Lunatic asylums United Prov. 1922-30 - 1922-1930
Year: 1922
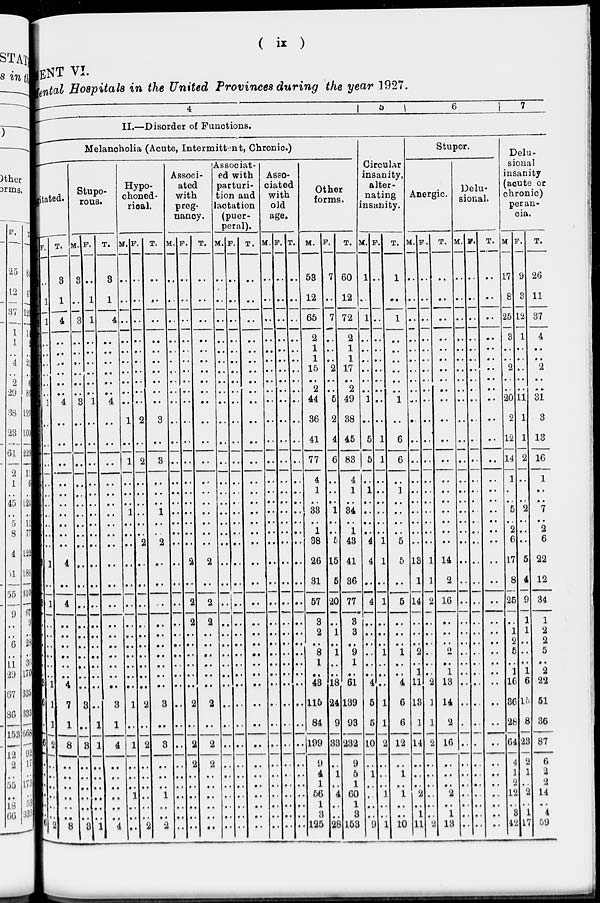
( ix )
ENT VI.
Mental Hospitals in the United Provinces during the year 1927.
4
5
6
7
II.—Disorder of Functions.
Melancholia (Acute, Intermittent, Chronic.)
itated.
F.
..
1
1
..
..
..
..
..
..
1
..
..
..
..
..
..
..
..
..
..
..
1
..
1
..
..
..
..
..
..
1
1
1
2
..
..
..
..
..
..
2
T.
3
1
4
..
..
..
..
..
..
4
..
..
..
..
..
..
..
..
..
..
..
4
..
4
..
..
..
..
..
..
4
7
1
8
..
..
..
..
..
..
8
Stupo-
rous.
M.
3
..
3
..
..
..
...
..
..
3
..
..
..
..
..
..
..
..
..
..
..
..
..
..
..
..
..
..
..
..
..
3
..
3
..
..
..
..
..
..
3
F.
..
1
1
..
..
..
..
..
..
1
..
..
..
..
..
..
..
..
..
..
..
..
..
..
..
..
..
..
..
..
..
..
1
1
..
..
..
..
..
..
1
T.
3
1
4
..
..
..
..
..
..
4
..
..
..
..
..
..
..
..
..
..
..
..
..
..
..
..
..
..
..
..
..
3
1
4
..
..
..
..
..
..
4
Hypo-
choned-
rical.
M.
..
..
..
..
..
..
..
..
..
..
1
..
1
..
..
..
..
1
..
..
..
..
..
..
..
..
..
..
..
..
..
1
..
1
..
..
..
1
..
..
..
F.
..
..
..
..
..
..
..
..
..
..
2
..
2
..
..
..
..
..
..
..
..
..
..
..
..
..
..
..
..
..
..
2
..
2
..
..
..
..
..
..
2
T.
..
..
..
..
..
..
..
..
..
..
3
..
3
..
..
..
..
1
..
..
2
..
..
..
..
..
..
..
..
..
..
3
..
3
..
..
..
1
..
..
2
Associ-
ated
with
preg-
nancy.
M.
..
..
..
..
..
..
..
..
..
..
..
..
..
..
..
..
..
..
..
..
..
..
..
..
..
..
..
..
..
..
..
..
..
..
..
..
..
..
..
..
..
F.
..
..
..
..
..
..
..
..
..
..
..
..
..
..
..
..
..
..
..
..
..
2
..
2
2
..
..
..
..
..
..
2
..
2
2
..
..
..
..
..
..
T.
..
..
..
..
..
..
..
..
..
..
..
..
..
..
..
..
..
..
..
..
..
2
..
2
2
..
..
..
..
..
..
2
..
2
2
..
..
..
..
..
..
Associat-
ed with
parturi-
tion and
lactation
(puer-
peral).
M.
..
..
..
..
..
..
..
..
..
..
..
..
..
..
..
..
..
..
..
..
..
..
..
..
..
..
..
..
..
..
..
..
..
..
..
..
..
..
..
..
..
F.
..
..
..
..
..
..
..
..
..
..
..
..
..
..
..
..
..
..
..
..
..
..
..
..
..
..
..
..
..
..
..
..
..
..
..
..
..
..
..
..
..
T.
..
..
..
..
..
..
..
..
..
..
..
..
..
..
..
..
..
..
..
..
..
..
..
..
..
..
..
..
..
..
..
..
..
..
..
..
..
..
..
..
..
Asso-
ciated
with
old
age.
M.
..
..
..
..
..
..
..
..
..
..
..
..
..
..
..
..
..
..
..
..
..
..
..
..
..
..
..
..
..
..
..
..
..
..
..
..
..
..
..
..
..
F.
..
..
..
..
..
..
..
..
..
..
..
..
..
..
..
..
..
..
..
..
..
..
..
..
..
..
..
..
..
..
..
..
..
..
..
..
..
..
..
..
..
T.
..
..
..
..
..
..
..
..
..
..
..
..
..
..
..
..
..
..
..
..
..
..
..
..
..
..
..
..
..
..
..
..
..
..
..
..
..
..
..
..
..
Other
forms.
M.
53
12
65
2
1
1
15
..
2
44
36
41
77
..
4
1
..
33
..
1
38
26
31
57
3
2
..
8
1
..
43
115
84
199
9
4
1
56
1
3
125
F.
7
..
7
..
..
..
2
..
..
5
2
4
6
..
..
..
..
1
..
..
5
15
5
20
..
1
..
1
..
..
18
24
9
33
..
1
..
4
..
..
28
T.
60
12
72
2
1
1
17
..
2
49
38
45
83
..
4
1
..
34
..
1
43
41
36
77
3
3
..
9
1
..
61
139
93
232
9
5
1
60
1
3
153
Circular
insanity,
alter-
nating
insanity.
M.
1
...
1
..
..
..
..
..
..
1
..
5
5
..
..
1
..
..
..
..
4
4
..
4
..
..
..
..
..
..
4
5
6
10
..
1
..
..
..
..
9
F.
..
..
..
..
..
..
..
..
..
..
..
1
1
..
..
...
..
..
..
..
1
1
..
1
..
..
..
1
..
..
..
1
1
2
..
..
..
1
..
..
1
T.
1
...
1
..
..
..
..
..
..
1
..
6
6
..
..
1
..
..
..
..
5
5
..
5
..
..
..
1
..
..
4
6
6
12
..
1
..
1
..
..
10
Stupor.
Anergic.
M.
..
..
..
..
..
..
..
..
..
..
..
..
..
..
..
..
..
..
..
..
..
13
1
14
..
..
..
2
..
1
11
13
1
14
..
..
..
2
..
1
11
F.
..
..
..
..
..
..
..
..
..
..
..
..
..
..
..
..
..
..
..
..
..
1
1
2
..
..
..
..
..
..
2
1
1
2
..
..
..
..
..
..
2
T.
..
..
..
..
..
..
..
..
..
..
..
..
..
..
..
..
..
..
..
..
..
14
2
16
..
..
..
2
..
1
13
14
2
16
..
..
..
2
..
1
13
Delu-
sional.
M.
..
..
..
..
..
..
..
..
..
..
..
..
..
..
..
..
..
..
..
..
..
..
..
..
..
..
..
..
..
..
..
..
..
..
..
..
..
..
..
..
F.
..
..
..
..
..
..
..
..
..
..
..
..
..
..
..
..
..
..
..
..
..
..
..
..
..
..
..
..
..
..
..
..
..
..
..
..
..
..
..
..
..
T.
..
..
..
..
..
..
..
..
..
..
..
..
..
..
..
..
..
..
..
..
..
..
..
..
..
..
..
..
..
..
..
..
..
..
..
..
..
..
..
..
..
Delu-
sional
insanity
(acute or
chronic)
peran-
cia.
M.
17
8
25
3
..
..
2
..
..
20
2
12
14
..
1
..
..
5
..
2
6
17
8
25
..
1
2
5
..
1
16
36
28
64
4
1
2
12
..
3
42
F.
9
3
12
1
..
..
..
..
..
11
1
1
2
..
..
..
..
2
..
..
..
5
4
9
1
1
..
..
..
1
6
15
8
23
2
1
..
2
..
1
17
T.
26
11
37
4
..
..
2
..
..
31
3
13
16
..
1
..
..
7
..
2
6
22
12
34
1
2
2
5
..
2
22
51
36
87
6
2
2
14
..
4
59